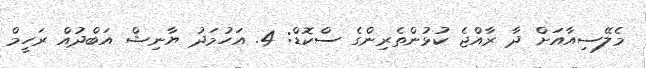
މެލޭސިއާއަށް ދާ ރާއްޖެ ކުޅުންތެރިންގެ ސްކޮޑް: 4. އަހުމަދު ޔާނިޝް އަބްދުއް ރަހީމް